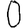
Digit: 0